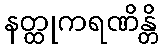
နတ္ထုကရဏိန္တိ